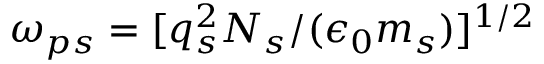
{ \omega _ { p s } = [ q _ { s } ^ { 2 } N _ { s } / ( \epsilon _ { 0 } m _ { s } ) ] ^ { 1 / 2 } }